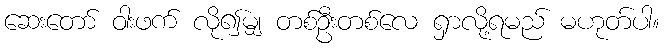
ဆေးတော် ဝါးဖက် လို၍မျှ တစ်ဦးတစ်လေ ရှာလို့ရမည် မဟုတ်ပါ။